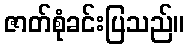
ဇာတ်စုံခင်းပြသည်။